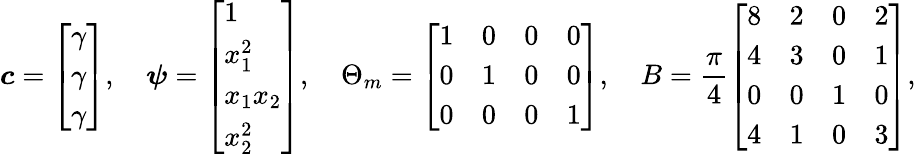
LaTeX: \boldsymbol{c}=\left[\begin{array}{l}{\gamma}\\ {\gamma}\\ {\gamma}\end{array}\right],\quad\boldsymbol{\psi}=\left[\begin{array}{l}{1}\\ {x_{1}^{2}}\\ {x_{1}x_{2}}\\ {x_{2}^{2}}\end{array}\right],\quad\Theta_{m}=\left[\begin{array}{llll}{1}&{0}&{0}&{0}\\ {0}&{1}&{0}&{0}\\ {0}&{0}&{0}&{1}\end{array}\right],\quad B=\frac{\pi}{4}\left[\begin{array}{llll}{8}&{2}&{0}&{2}\\ {4}&{3}&{0}&{1}\\ {0}&{0}&{1}&{0}\\ {4}&{1}&{0}&{3}\end{array}\right],